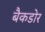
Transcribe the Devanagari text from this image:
बैकडोर